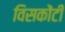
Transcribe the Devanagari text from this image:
विसकोंटी